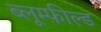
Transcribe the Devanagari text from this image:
ब्लूम्फ़ील्ड